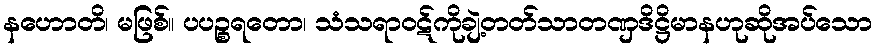
နဟောတိ၊ မဖြစ်။ ပပဉ္စရတော၊ သံသရာဝဋ်ကိုချဲ့တတ်သာတဏှဒိဋ္ဌိမာနဟုဆိုအပ်သော